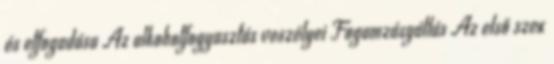
és elfogadása Az alkoholfogyasztás veszélyei Fogamzásgátlás Az első szex